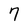
Character: 7